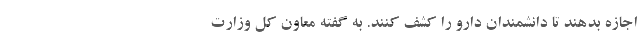
اجازه بدهند تا دانشمندان دارو را کشف کنند. به گفته معاون کل وزارت